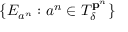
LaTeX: \{ E _ { a ^ { n } } : a ^ { n } \in T _ { \delta } ^ { \mathbf { p } ^ { n } } \}